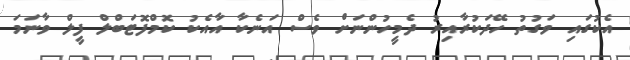
އެކުގައި ވަގުތު ހޭދަކުރާއިރު ދެމީހުންނަށް ވެސް އަނެކާ އާއެކު ކޮމްފޮޓަބްލް ފީލް ވާނަމަ